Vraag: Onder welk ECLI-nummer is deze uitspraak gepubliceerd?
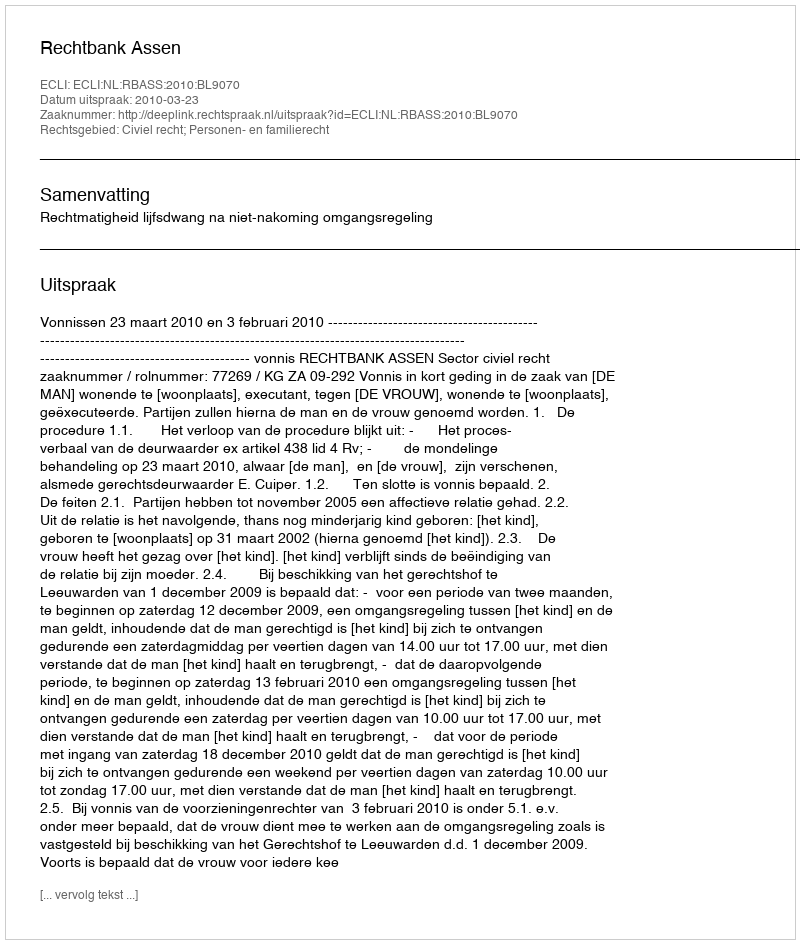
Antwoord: ECLI:NL:RBASS:2010:BL9070